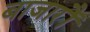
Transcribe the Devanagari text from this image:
बाजारौं